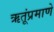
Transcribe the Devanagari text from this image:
ऋतूंप्रमाणे